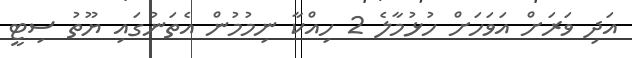
އަދި ވަރަށް އަވަހަށް ހުޅުމާލެ 2 ހިއްކާ ނިމުމުން އެތަނުގައި ޔޫތު ސިޓީ